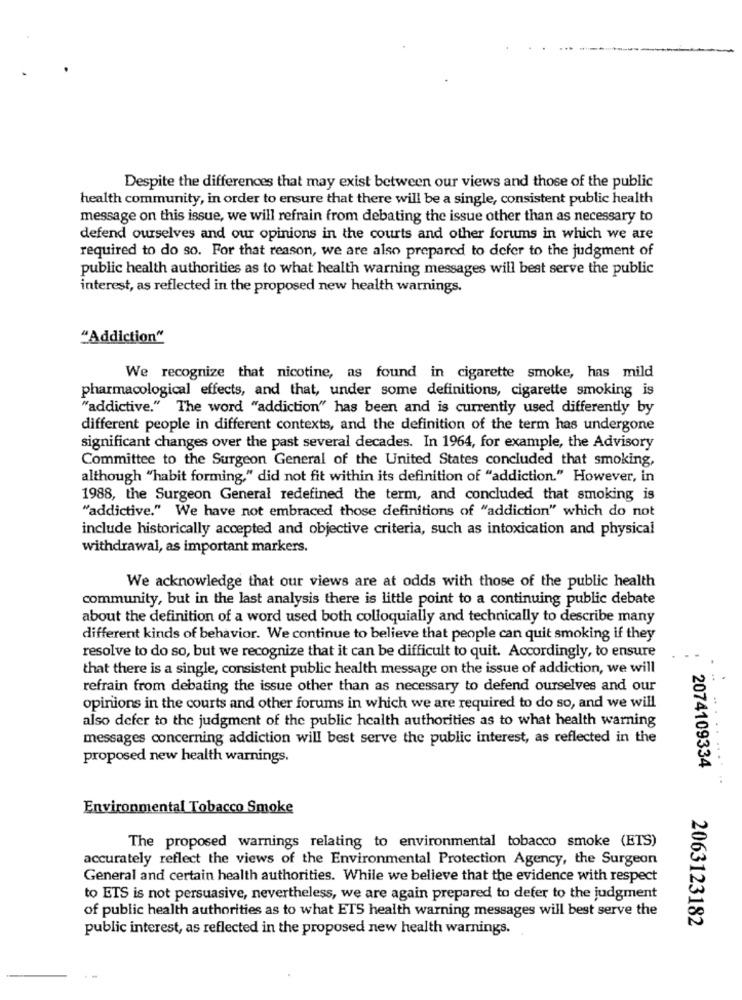
Despite the differences that may exist between our views and those of the public
health community, in order to ensure that there will be a single, consistent public health
message on this issue, we will refrain from debating the issue other than as necessary to
defend ourselves and our opinions in the courts and other forums in which we are
required to do so. For that reason, we are also prepared to defer to the judgment of
public health authorities as to what health warning messages will best serve the public
interest, as reflected in the proposed new health warnings.
"Addiction"
We recognize that nicotine, as found in cigarette smoke, has mild
pharmacological effects, and that, under some definitions, cigarette smoking is
"addictive." The word "addiction" has been and is currently used differently by
different people in different contexts, and the definition of the term has undergone
significant changes over the past several decades. In 1964, for example, the Advisory
Committee to the Surgeon General of the United States concluded that smoking,
although "habit forming," did not fit within its definition of "addiction." However, in
1988, the Surgeon General redefined the term, and concluded that smoking is
"addictive." We have not embraced those definitions of "addiction" which do not
include historically accepted and objective criteria, such as intoxication and physical
withdrawal, as important markers.
We acknowledge that our views are at odds with those of the public health
community, but in the last analysis there is little point to a continuing public debate
about the definition of a word used both colloquially and technically to describe many
different kinds of behavior. We continue to believe that people can quit smoking if they
resolve to do so, but we recognize that it can be difficult to quit. Accordingly, to ensure
that there is a single, consistent public health message on the issue of addiction, we will
refrain from debating the issue other than as necessary to defend ourselves and our
opinions in the courts and other forums in which we are required to do so, and we will
also defer to the judgment of the public health authorities as to what health warning
messages concerning addiction will best serve the public interest, as reflected in the
proposed new health warnings.
2074109334
Environmental Tobacco Smoke
The proposed warnings relating to environmental tobacco smoke (ETS)
accurately reflect the views of the Environmental Protection Agency, the Surgeon
General and certain health authorities. While we believe that the evidence with respect
to ETS is not persuasive, nevertheless, we are again prepared to defer to the judgment
of public health authorities as to what ETS health warning messages will best serve the
2063123182
public interest, as reflected in the proposed new health warnings.